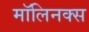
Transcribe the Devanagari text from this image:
मॉलिनक्स